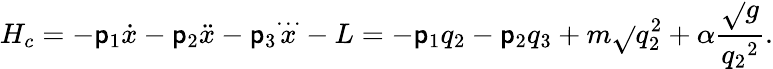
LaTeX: H_{c}=-\mathsf{p}_{1}{\dot{{x}}}-\mathsf{p}_{2}{\ddot{{x}}}-\mathsf{p}_{3}{\stackrel{\ldots}{x}}-L=-\mathsf{p}_{1}q_{2}-\mathsf{p}_{2}q_{3}+m\sqrt{}{{q_{2}^{2}}}+\alpha\frac{{\sqrt{}{{g}}}}{{{q_{2}}^{2}}}.